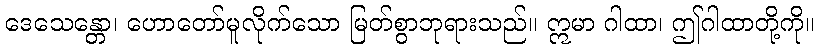
ဒေသေန္တော၊ ဟောတော်မူလိုက်သော မြတ်စွာဘုရားသည်။ ဣမာ ဂါထာ၊ ဤဂါထာတို့ကို။